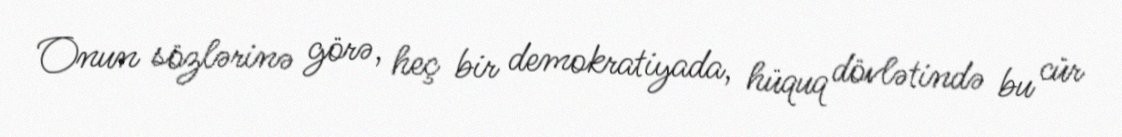
Onun sözlərinə görə, heç bir demokratiyada, hüquq dövlətində bu cür